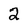
Character: 2